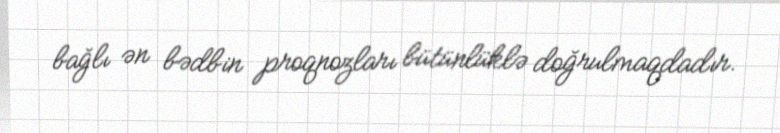
bağlı ən bədbin proqnozları bütünlüklə doğrulmaqdadır.